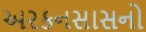
અરકનસાસનો